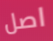
اصل